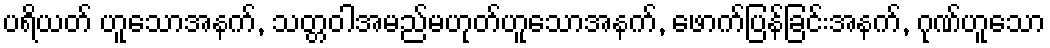
ပရိယတ် ဟူသောအနက်, သတ္တဝါအမည်မဟုတ်ဟူသောအနက်, ဖောက်ပြန်ခြင်းအနက်, ဂုဏ်ဟူသော